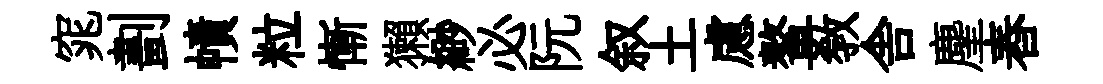
窕劃幘粒慚獺緲必阮叙土慮鳌敎舎麈舂